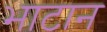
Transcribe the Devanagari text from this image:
भाटान